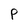
Character: P